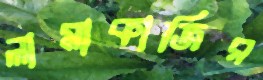
লামাকাজির